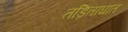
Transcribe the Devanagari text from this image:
तड़िताघात